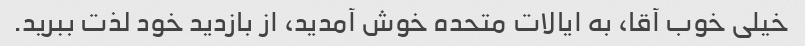
خیلی خوب آقا، به ایالات متحده خوش آمدید، از بازدید خود لذت ببرید.